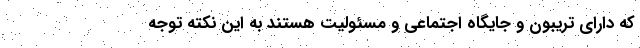
که دارای تریبون و جایگاه اجتماعی و مسئولیت هستند به این نکته توجه